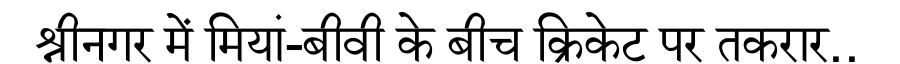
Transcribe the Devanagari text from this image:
श्रीनगर में मियां-बीवी के बीच क्रिकेट पर तकरार..